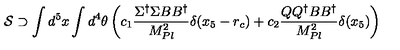
{ \cal S } \supset \int d ^ { 5 } x \int d ^ { 4 } \theta \left( c _ { 1 } { \frac { \Sigma ^ { \dagger } \Sigma B B ^ { \dagger } } { M _ { P l } ^ { 2 } } } \delta ( x _ { 5 } - r _ { c } ) + c _ { 2 } { \frac { Q Q ^ { \dagger } B B ^ { \dagger } } { M _ { P l } ^ { 2 } } } \delta ( x _ { 5 } ) \right)